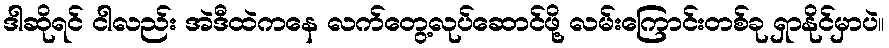
ဒါဆိုရင် ငါလည်း အဲဒီထဲကနေ လက်တွေ့လုပ်ဆောင်ဖို့ လမ်းကြောင်းတစ်ခု ရှာနိုင်မှာပဲ။